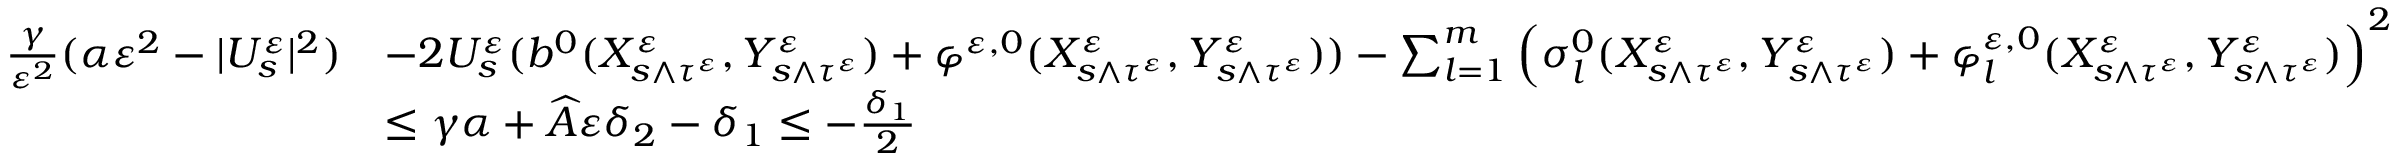
\begin{array} { r l } { \frac { \gamma } { \varepsilon ^ { 2 } } ( \alpha \varepsilon ^ { 2 } - | U _ { s } ^ { \varepsilon } | ^ { 2 } ) } & { - 2 U _ { s } ^ { \varepsilon } ( b ^ { 0 } ( X _ { s \wedge \tau ^ { \varepsilon } } ^ { \varepsilon } , Y _ { s \wedge \tau ^ { \varepsilon } } ^ { \varepsilon } ) + \varphi ^ { \varepsilon , 0 } ( X _ { s \wedge \tau ^ { \varepsilon } } ^ { \varepsilon } , Y _ { s \wedge \tau ^ { \varepsilon } } ^ { \varepsilon } ) ) - \sum _ { l = 1 } ^ { m } \Big ( \sigma _ { l } ^ { 0 } ( X _ { s \wedge \tau ^ { \varepsilon } } ^ { \varepsilon } , Y _ { s \wedge \tau ^ { \varepsilon } } ^ { \varepsilon } ) + \varphi _ { l } ^ { \varepsilon , 0 } ( X _ { s \wedge \tau ^ { \varepsilon } } ^ { \varepsilon } , Y _ { s \wedge \tau ^ { \varepsilon } } ^ { \varepsilon } ) \Big ) ^ { 2 } } \\ & { \leq \gamma \alpha + \widehat A \varepsilon \delta _ { 2 } - \delta _ { 1 } \leq - \frac { \delta _ { 1 } } { 2 } } \end{array}